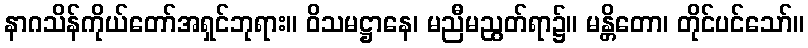
နာဂသိန်ကိုယ်တော်အရှင်ဘုရား။ ဝိသမဋ္ဌာနေ၊ မညီမညွတ်ရာ၌။ မန္တိတော၊ တိုင်ပင်သော်။